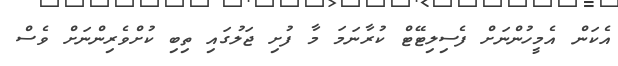
އެކަން އެމީހުންނަށް ފެސިލިޓޭޓް ކުރާނަމަ މާ ފުށި ޖަލުގައި ތިބި ކުށްވެރިންނަށް ވެސް